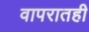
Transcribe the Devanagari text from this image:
वापरातही